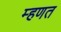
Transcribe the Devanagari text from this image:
म्‍हणत